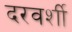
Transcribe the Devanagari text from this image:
दरवर्शी